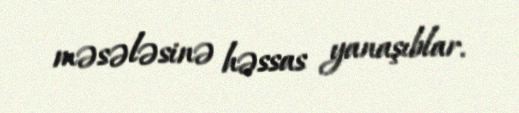
məsələsinə həssas yanaşıblar.